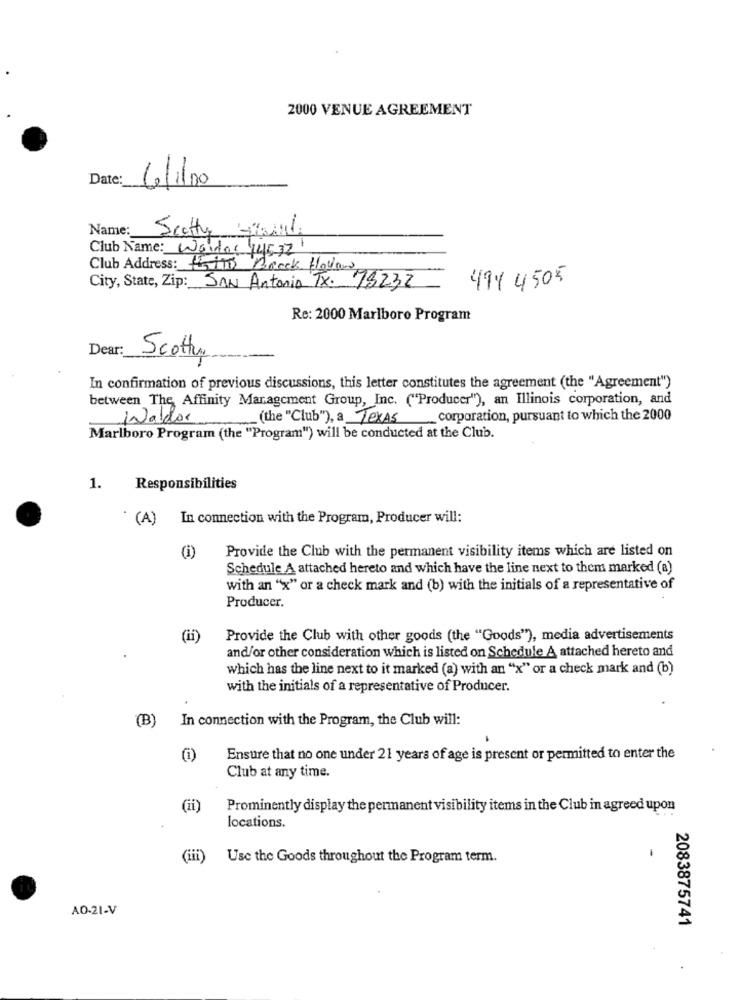
2000 VENUE AGREEMENT
Date:
10/1/00
Name:
Scotty Simili
Club Name: Weider 445321
Club Address: Erin Brock Hollow
494 4505
City, State, Zip: SAN Antonio Tx. 78232
Re: 2000 Marlboro Program
Dear:
Scotty
In confirmation of previous discussions, this letter constitutes the agreement (the "Agreement")
between The Affinity Management Group, Inc. ("Producer"), an Illinois corporation, and
Walder
(the "Club"), a Texas
corporation, pursuant to which the 2000
Marlboro Program (the "Program") will be conducted at the Club.
1.
Responsibilities
(A) In connection with the Program, Producer will:
Provide the Club with the permanent visibility items which are listed on
(i)
Schedule A attached hereto and which have the line next to them marked (a)
with an "x" or a check mark and (b) with the initials of a representative of
Producer.
(ii)
Provide the Club with other goods (the "Goods"), media advertisements
and/or other consideration which is listed on Schedule A attached hereto and
which has the line next to it marked (a) with an "x" or a check mark and (b)
with the initials of a representative of Producer.
(B)
In connection with the Program, the Club will:
Ensure that no one under 21 years of age is present or permitted to enter the
Club at any time.
(ii)
Prominently display the permanent visibility items in the Club in agreed upon
locations.
(iii)
Use the Goods throughout the Program term.
AO-21-V
2083875741